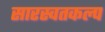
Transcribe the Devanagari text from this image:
सारस्वतकल्प